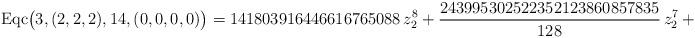
LaTeX: \begin{align*}\mathrm{Eqc}\big(3,(2,2,2),14,(0,0,0,0)\big)=141803916446616765088\,{z}_{2}^{8}+\frac{243995302522352123860857835}{128}\,{z}_{2}^{7}+\dots\end{align*}